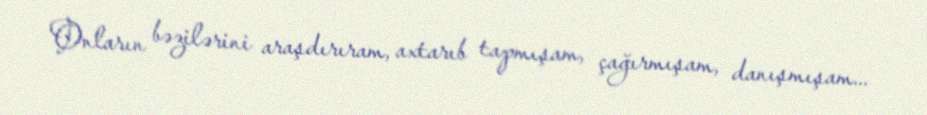
Onların bəzilərini araşdırıram, axtarıb tapmışam, çağırmışam, danışmışam...